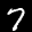
Label: 7